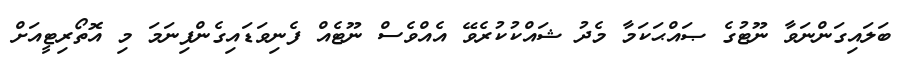
ބަލައިގަންނަވާ ނޫޓުގެ ޞައްޙަކަމާ މެދު ޝައްކުކުރެވޭ އެއްވެސް ނޫޓެއް ފެނިވަޑައިގެންފިނަމަ މި އޮތޯރިޓީއަށް